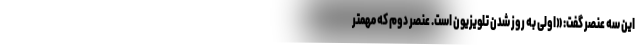
این سه عنصر گفت: «اولی به روز شدن تلویزیون است. عنصر دوم که مهمتر